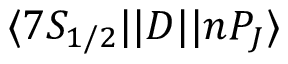
\ensuremath { \langle 7 S _ { 1 / 2 } | | } D \ensuremath { | | n P _ { J } \rangle }